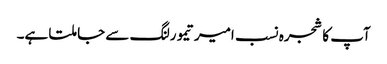
آپ کا شجرہ نسب امیرتیمورلنگ سے جا ملتا ہے۔